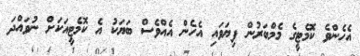
އެހެންވެ ކޮމެޓީގެ މެމްބަރުން ފިޔަވައި އެހެން އެއްވެސް ބަޔަކު އެ ކޮމެޓީއަކަށް ނުވައްދަ